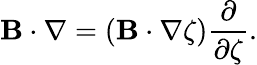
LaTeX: \mathbf{B}\cdot\nabla=\left(\mathbf{B}\cdot\nabla\zeta\right)\frac{\partial}{\partial\zeta}.